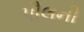
પૌલની